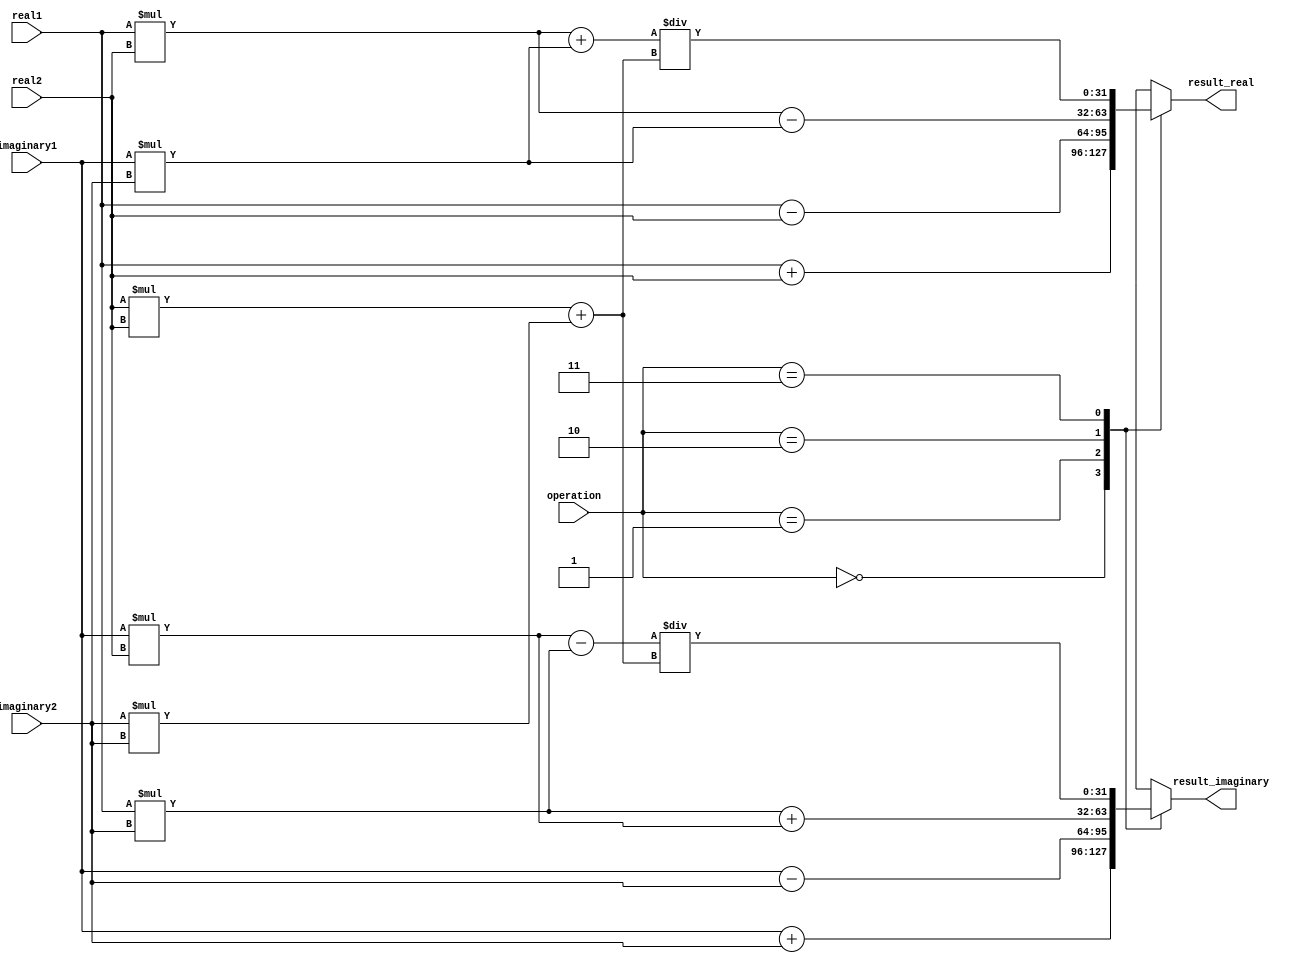
module Complex_ALU (
    input wire [31:0] real1,
    input wire [31:0] imaginary1,
    input wire [31:0] real2,
    input wire [31:0] imaginary2,
    input wire [1:0] operation,
    output reg [31:0] result_real,
    output reg [31:0] result_imaginary
);

always @(operation, real1, imaginary1, real2, imaginary2) begin
    case(operation)
        2'b00: begin // addition
            result_real <= real1 + real2;
            result_imaginary <= imaginary1 + imaginary2;
        end
        2'b01: begin // subtraction
            result_real <= real1 - real2;
            result_imaginary <= imaginary1 - imaginary2;
        end
        2'b10: begin // multiplication
            result_real <= real1 * real2 - imaginary1 * imaginary2;
            result_imaginary <= real1 * imaginary2 + imaginary1 * real2;
        end
        2'b11: begin // division
            result_real <= (real1 * real2 + imaginary1 * imaginary2) / (real2 * real2 + imaginary2 * imaginary2);
            result_imaginary <= (imaginary1 * real2 - real1 * imaginary2) / (real2 * real2 + imaginary2 * imaginary2);
        end
        default: begin
            result_real <= 0;
            result_imaginary <= 0;
        end
    endcase
end

endmodule